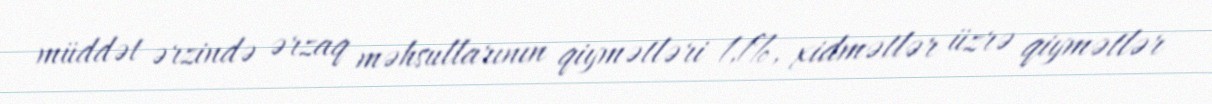
müddət ərzində ərzaq məhsullarının qiymətləri 1,1%, xidmətlər üzrə qiymətlər